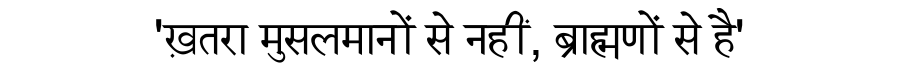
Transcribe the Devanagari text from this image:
'ख़तरा मुसलमानों से नहीं, ब्राह्मणों से है'